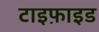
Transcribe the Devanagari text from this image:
टाइफ़ाइड